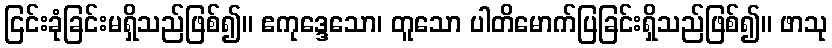
ငြင်းခုံခြင်းမရှိသည်ဖြစ်၍။ ဧကုဒ္ဒေသော၊ တူသော ပါတိမောက်ပြခြင်းရှိသည်ဖြစ်၍။ ဖာသု